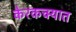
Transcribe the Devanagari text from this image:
केरकचर्‍यात